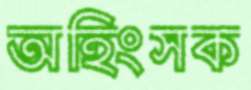
অহিংসক